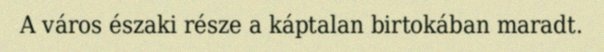
A város északi része a káptalan birtokában maradt.